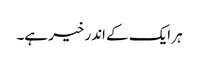
ہر ایک کے اندر خیر ہے۔